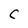
Character: C